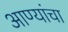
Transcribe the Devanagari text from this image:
आण्यांचा